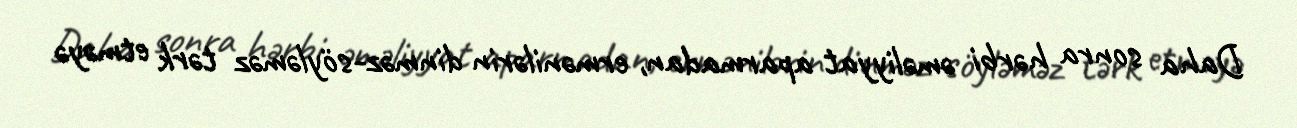
Daha sonra hərbi əməliyyat aparmadan, ermənilərin dinməz-söyləməz tərk etməyə